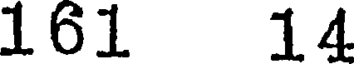
161 14